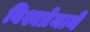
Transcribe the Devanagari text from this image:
विश्वप्रेमाने